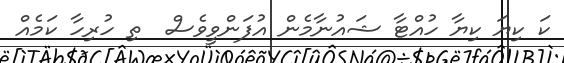
ކަ ކިޔަ ކިޔާ ހުއްޓާ ޝައުނާމެން އުފަންވީވެސް  ތި ހުރިހާ ކަމެއް